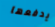
يدفعها